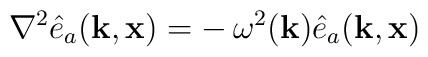
\nabla^2 \hat e_a({\bf k},{\bf x})= -\,\omega^2({\bf k})    \hat e_a({\bf k},{\bf x})